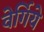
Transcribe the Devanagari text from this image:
वेर्गिये